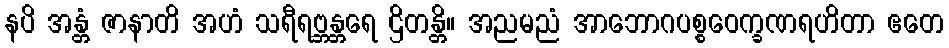
နပိ အန္တံ ဇာနာတိ အဟံ သရီရဗ္ဘန္တရေ ဌိတန္တိ။ အညမညံ အာဘောဂပစ္စဝေက္ခဏရဟိတာ ဧတေ